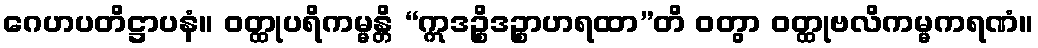
ဂေဟပတိဋ္ဌာပနံ။ ဝတ္ထုပရိကမ္မန္တိ “ဣဒဉ္စိဒဉ္စာဟရထာ”တိ ဝတွာ ဝတ္ထုဗလိကမ္မကရဏံ။